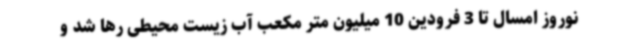
نوروز امسال تا 3 فرودین 10 میلیون متر مکعب آب زیست محیطی رها شد و